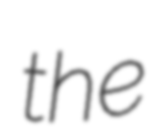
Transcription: the